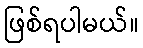
ဖြစ်ရပါမယ်။